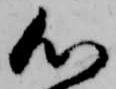
心